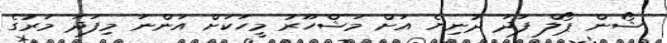
ޝޯން ޕޯލް ފަދަ ދުނިޔެ އަށް މަޝްހޫރު މީހަކަށް އަންނަ މިފަދަ މަރުގެ